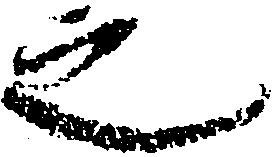
之